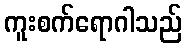
ကူးစက်ရောဂါသည်